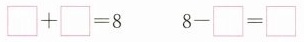
$$\Box + \Box = 8$$ $$8 - \Box = \Box$$